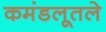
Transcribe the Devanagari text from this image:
कमंडलूतले